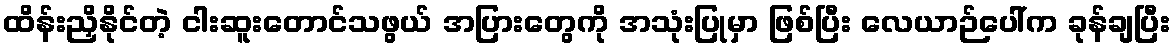
ထိန်းညှိနိုင်တဲ့ ငါးဆူးတောင်သဖွယ် အပြားတွေကို အသုံးပြုမှာ ဖြစ်ပြီး လေယာဉ်ပေါ်က ခုန်ချပြီး